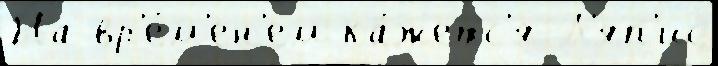
На вр'е́м'ен'ем ка́жетс'я Л'яп'ис